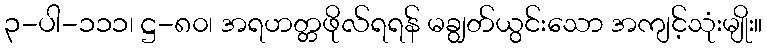
၃-ပါ-၁၁၁၊ ဋ္ဌ-၈၀၊ အရဟတ္တဖိုလ်ရရန် မချွတ်ယွင်းသော အကျင့်သုံးမျိုး။